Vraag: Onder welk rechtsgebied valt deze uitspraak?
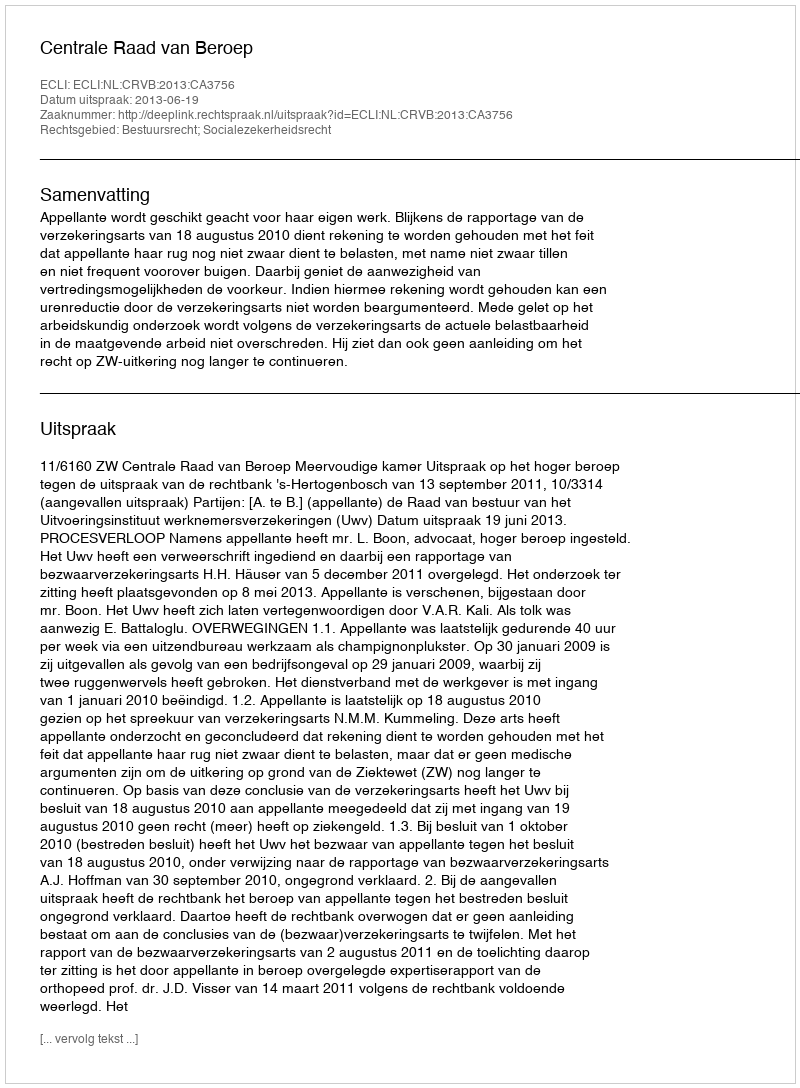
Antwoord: Bestuursrecht; Socialezekerheidsrecht